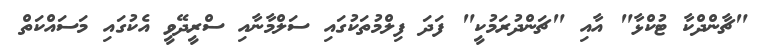
"ޗާންދްކާ ޓުކްޅާ" އާއި "ޗަންދުރަމުކީ" ފަދަ ފިލްމުތަކުގައި ސަލްމާނާއި ސްރީދޭވީ އެކުގައި މަސައްކަތް